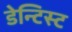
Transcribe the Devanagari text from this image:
डेन्टिस्ट